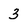
Character: 3